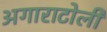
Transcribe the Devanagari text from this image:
अगाराटोली